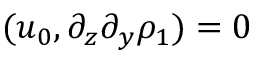
( u _ { 0 } , \partial _ { z } \partial _ { y } \rho _ { 1 } ) = 0